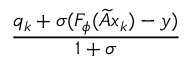
\frac { q _ { k } + \sigma ( F _ { \phi } ( \widetilde { A } x _ { k } ) - y ) } { 1 + \sigma }